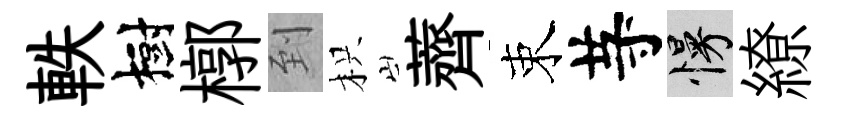
軼樹槨到枳薺束䒭慢繚